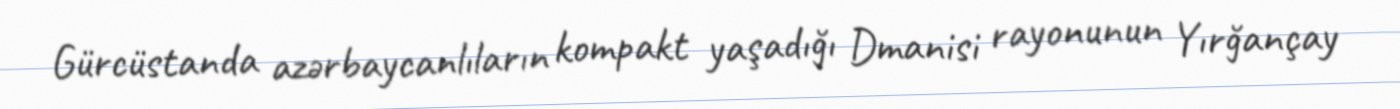
Gürcüstanda azərbaycanlıların kompakt yaşadığı Dmanisi rayonunun Yırğançay